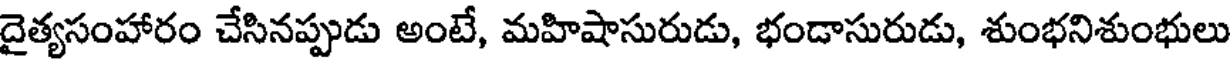
దైత్యసంహారం చేసినప్పుడు అంటే, మహిషాసురుడు, భండాసురుడు, శుంభనిశుంభులు